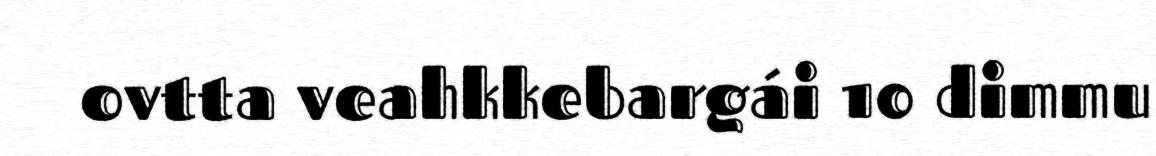
ovtta veahkkebargái 10 dimmu